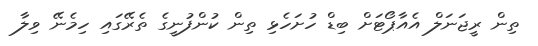
ތިން ރީޖަނަލް އެއާޕޯޓަށް ބިޑް ހުށަހެޅި ތިން ކުންފުނީގެ ތެރޭގައި ހިމެނޭ ވިލާ